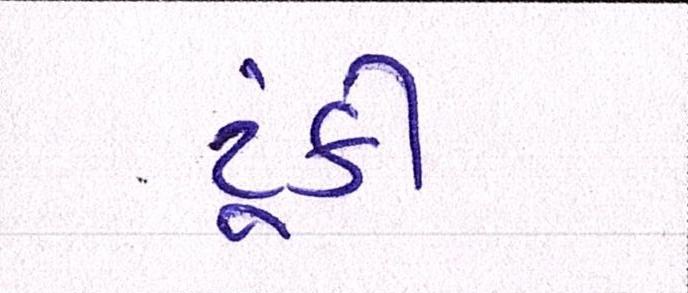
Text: ટૂંકી